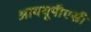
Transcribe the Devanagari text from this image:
आययूपीएसी